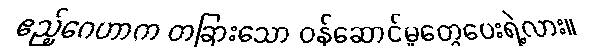
ဧည့်ဂေဟာက တခြားသော ဝန်ဆောင်မှုတွေပေးရဲ့လား။